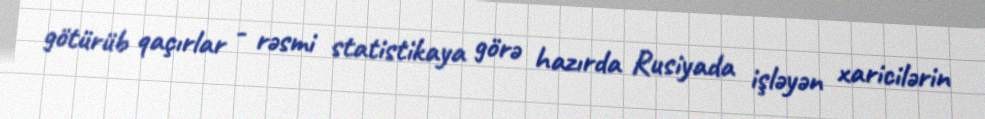
götürüb qaçırlar - rəsmi statistikaya görə hazırda Rusiyada işləyən xaricilərin